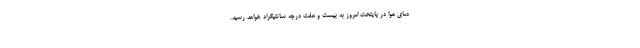
دمای هوا در پایتخت امروز به بیست و هفت درجه سانتیگراد خواهد رسید.